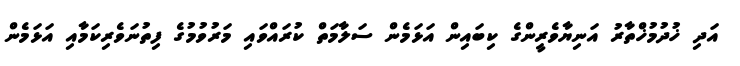
އަދި ޚުދުމުޚްތާރު އަނިޔާވެރީންގެ ކިބައިން އަޅަމެން ސަލާމަތް ކުރައްވައި މަރުވުމުގެ ފިތުނަވެރިކަމާއި އަޅަމެން